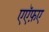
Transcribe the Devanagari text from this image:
एऍफ़ए